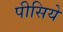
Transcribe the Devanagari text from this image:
पीसिये